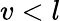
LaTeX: v<l